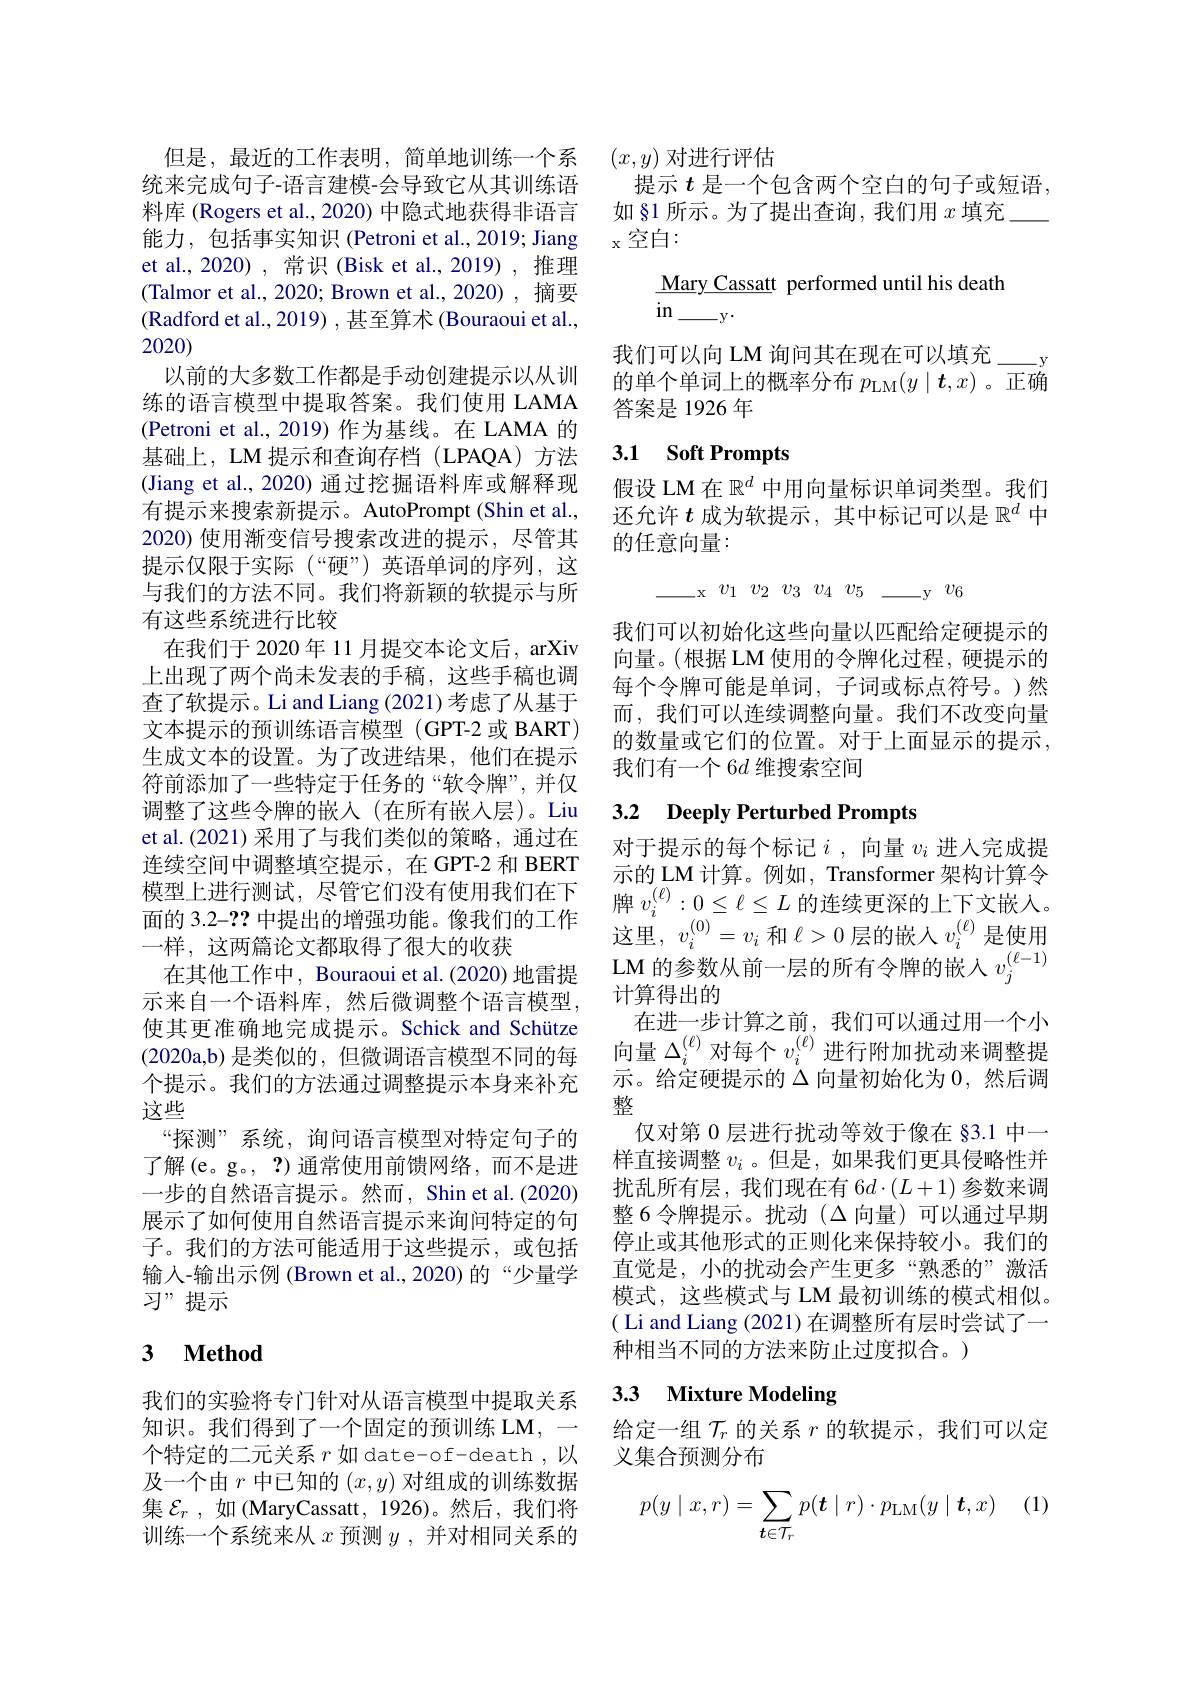
但是，最近的工作表明，简单地训练一个系统来完成句子-语言建模-会导致它从其训练语料库 (Rogers et al., 2020) 中隐式地获得非语言能力，包括事实知识 (Petroni et al.,2019; Jiang et al., 2020) , 常识 (Bisk et al., 2019) ,推理(Talmor et al., 2020; Brown et al., 2020), 摘要(Radford et al., 2019) , 甚至算术 (Bouraoui et al., 2020)
以前的大多数工作都是手动创建提示以从训练的语言模型中提取答案。我们使用 LAMA (Petroni et al., 2019) 作为基线。在 LAMA 的基础上，LM 提示和查询存档(LPAQA)方法(Jiang et al., 2020) 通过挖掘语料库或解释现有提示来搜索新提示。AutoPrompt(Shin et al., 2020) 使用渐变信号搜索改进的提示，尽管其提示仅限于实际(“硬”)英语单词的序列，这与我们的方法不同。我们将新颖的软提示与所有这些系统进行比较
在我们于 2020 年 11 月提交本论文后，arXiv 上出现了两个尚未发表的手稿，这些手稿也调查了软提示。Li and Liang (2021) 考虑了从基于文本提示的预训练语言模型(GPT-2 或 BART) 生成文本的设置。为了改进结果，他们在提示符前添加了一些特定于任务的“软令牌”,并仅调整了这些令牌的嵌入(在所有嵌人层)。Liu et al.(2021) 采用了与我们类似的策略，通过在连续空间中调整填空提示，在 GPT-2 和 BERT 模型上进行测试，尽管它们没有使用我们在下$\begin{aligned}&\text{模型上进行测试，尽管它们没有使用我们在卜}&&\text{牌 }v_i^{(\ell)}:0\leq\ell\leq L\text{ 的连续更深的上下文嵌入。}\\&\text{面的 3.2-?? 中提出的增强功能。像我们的工作}&&\text{这甲 }v_i^{(0)}=v_i\text{ 和 }\ell>0\text{ 层的嵌 }\lambda v_i^{(\ell)}\text{ 县庙田}\end{aligned}$
一样，这两篇论文都取得了很大的收获
件 , 这 网 扁 论 又 都 取 得 了 很 大 的 收 犹 在 其 他 工 作 中 , Bouraoui et al. ( 2020) 地 雷 提 LM 的 参 数 从 前 一 层 的 所 有 令 牌 的 嵌 入 $v_j^{( \ell - 1) }$
示来自一个语料库，然后微调整个语言模型使其更准确地完成提示。Schick and Schütze (2020a,b)是类似的，但微调语言模型不同的每个提示。我们的方法通过调整提示本身来补充这些
“探测”系统，询问语言模型对特定句子的了解(e。g。, ?)通常使用前馈网络，而不是进一步的自然语言提示。然而，Shin et al.(2020) 展示了如何使用自然语言提示来询问特定的句子。我们的方法可能适用于这些提示，或包括输入-输出示例 (Brown et al.,2020)的“少量学习”提示

# 3 $\textbf{Method}$

我们的实验将专门针对从语言模型中提取关系知识。我们得到了一个固定的预训练 LM,— 个特定的二元关系$r$如 date-of-death ,以及一个由$r$中已知的$(x,y)$对组成的训练数据集$\mathcal{E} _r$ ,如 (MaryCassatt, 1926)。然后，我们将训练一个系统来从$x$预测$y$,并对相同关系的

$(x,y)$对进行评估
提示$t$是一个包含两个空白的句子或短语，
如§1 所示。为了提出查询，我们用$x$填充
x空白：

Mary Cassatt performed until his death
in$\_ \underline {\mathrm{y} }.$

我们可以向 LM 询问其在现在可以填充\_... 的单个单词上的概率分布$p_\mathrm{LM}(y\mid\boldsymbol{t},x)$ 。正确答案是 1926 年

# 3.1 Soft Prompts

假设 LM 在$\mathbb{R}^d$中用向量标识单词类型。我们还允许$t$成为软提示，其中标记可以是$\mathbb{R}^d$中的任意向量：

$\_ \underline {\:}_{\mathrm{x} }$ $v_{1}$ $v_{2}$ $v_{3}$ $v_{4}$ $v_{5}$ $\_ \underline {}_{\mathrm{y} }$ $v_{6}$

我们可以初始化这些向量以匹配给定硬提示的向量。(根据 LM 使用的令牌化过程，硬提示的每个令牌可能是单词，子词或标点符号。)然而，我们可以连续调整向量。我们不改变向量的数量或它们的位置。对于上面显示的提示， 我们有一个 6$d$维搜索空间

## 3.2 Deeply Perturbed Prompts

对于提示的每个标记$i$ ,向量$v_i$进入完成提示的 LM 计算。例如，Transformer 架构计算令这里，$v_i^{(0)}=v_{i}$和$\ell>0$层的嵌人$v_i^{(\ell)}$是使用计算得出的
在进一步计算之前，我们可以通过用一个小向量$\Delta_i^{(\ell)}$对每个$v_i^{(\ell)}$进行附加扰动来调整提示。给定硬提示的$\Delta$向量初始化为0，然后调整
仅对第 0 层进行扰动等效于像在 §3.1 中一样直接调整$v_i$ 。但是，如果我们更具侵略性并扰乱所有层，我们现在有 6$d\cdot(L+1)$参数来调整 6 令牌提示。扰动($\Delta$向量)可以通过早期停止或其他形式的正则化来保持较小。我们的直觉是，小的扰动会产生更多“熟悉的”激活模式，这些模式与 LM 最初训练的模式相似。( Li and Liang (2021) 在调整所有层时尝试了一种相当不同的方法来防止过度拟合。)

## 3.3 Mixture Modeling

给定一组$\mathcal{T}_r$的关系$r$的软提示，我们可以定
义集合预测分布

(1)
$$p(y\mid x,r)=\sum\limits_{\boldsymbol{t}\in\mathcal{T}_r}p(\boldsymbol{t}\mid r)\cdot p_{\mathrm{LM}}(y\mid\boldsymbol{t},x)$$